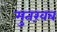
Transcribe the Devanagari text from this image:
मुतख़ब